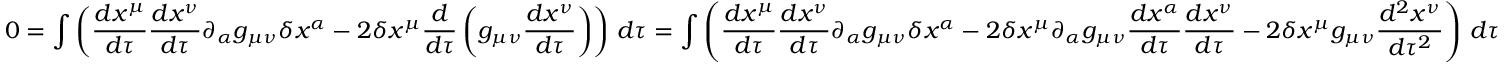
0 = \int \left( { \frac { d x ^ { \mu } } { d \tau } } { \frac { d x ^ { \nu } } { d \tau } } \partial _ { \alpha } g _ { \mu \nu } \delta x ^ { \alpha } - 2 \delta x ^ { \mu } { \frac { d } { d \tau } } \left( g _ { \mu \nu } { \frac { d x ^ { \nu } } { d \tau } } \right) \right) \, d \tau = \int \left( { \frac { d x ^ { \mu } } { d \tau } } { \frac { d x ^ { \nu } } { d \tau } } \partial _ { \alpha } g _ { \mu \nu } \delta x ^ { \alpha } - 2 \delta x ^ { \mu } \partial _ { \alpha } g _ { \mu \nu } { \frac { d x ^ { \alpha } } { d \tau } } { \frac { d x ^ { \nu } } { d \tau } } - 2 \delta x ^ { \mu } g _ { \mu \nu } { \frac { d ^ { 2 } x ^ { \nu } } { d \tau ^ { 2 } } } \right) \, d \tau